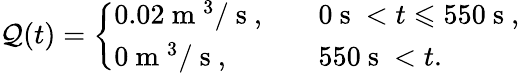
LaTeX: \mathcal{Q}(t)=\left\{ \begin{array}{ll}{0.02\mathrm{~m~}^{3}/\mathrm{~s~},\quad}&{0\mathrm{~s~}<t\leqslant 550\mathrm{~s~},}\\ {0\mathrm{~m~}^{3}/\mathrm{~s~},\quad}&{550\mathrm{~s~}<t.}\end{array}\right.